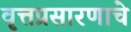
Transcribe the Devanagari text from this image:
वृत्तप्रसारणाचे